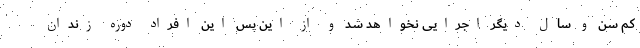
کم سن و سال دیگر اجرایی نخواهد شد و از این پس این افراد دوره زندان